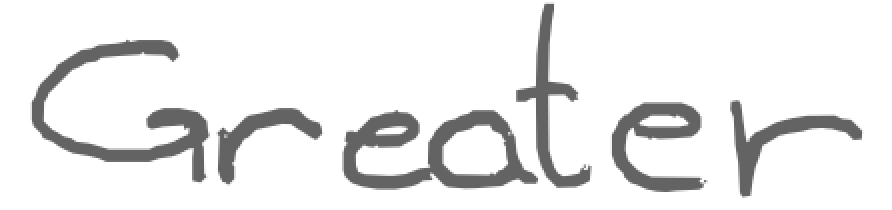
Text: Greater
Cross-out: clean
Writing tool: digital_gray